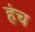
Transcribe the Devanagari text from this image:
हंच